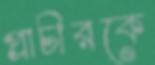
প্রাচীরকে